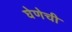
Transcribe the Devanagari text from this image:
घेणेची